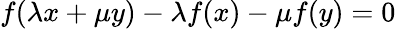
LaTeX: f(\lambda x+\mu y)-\lambda f(x)-\mu f(y)=0